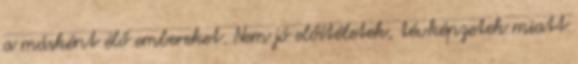
a másként élő embereket. Nem jó előítéletek, tévképzetek miatt